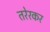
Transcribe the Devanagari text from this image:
तरेरकर